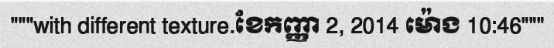
"""with different texture.ខែកញ្ញា 2, 2014 ម៉ោង 10:46"""